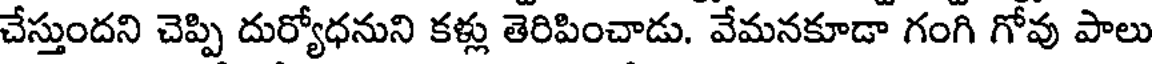
చేస్తుందని చెప్పి దుర్యోధనుని కళ్లు తెరిపించాడు. వేమనకూడా గంగి గోవు పాలు